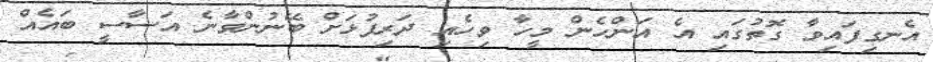
އެނގިފައިވާ ގޮތުގައި އެ އަންހެން މީހާ ވިހެއި ދަރިފުޅަށް ބޭނުންވާނެ އަސާސީ ބައެއް